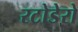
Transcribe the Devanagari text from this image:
रटोडेरो